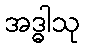
အဒ္ဓါသု